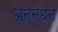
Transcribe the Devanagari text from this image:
अन्‍नधन